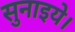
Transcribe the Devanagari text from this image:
सुनाइये।